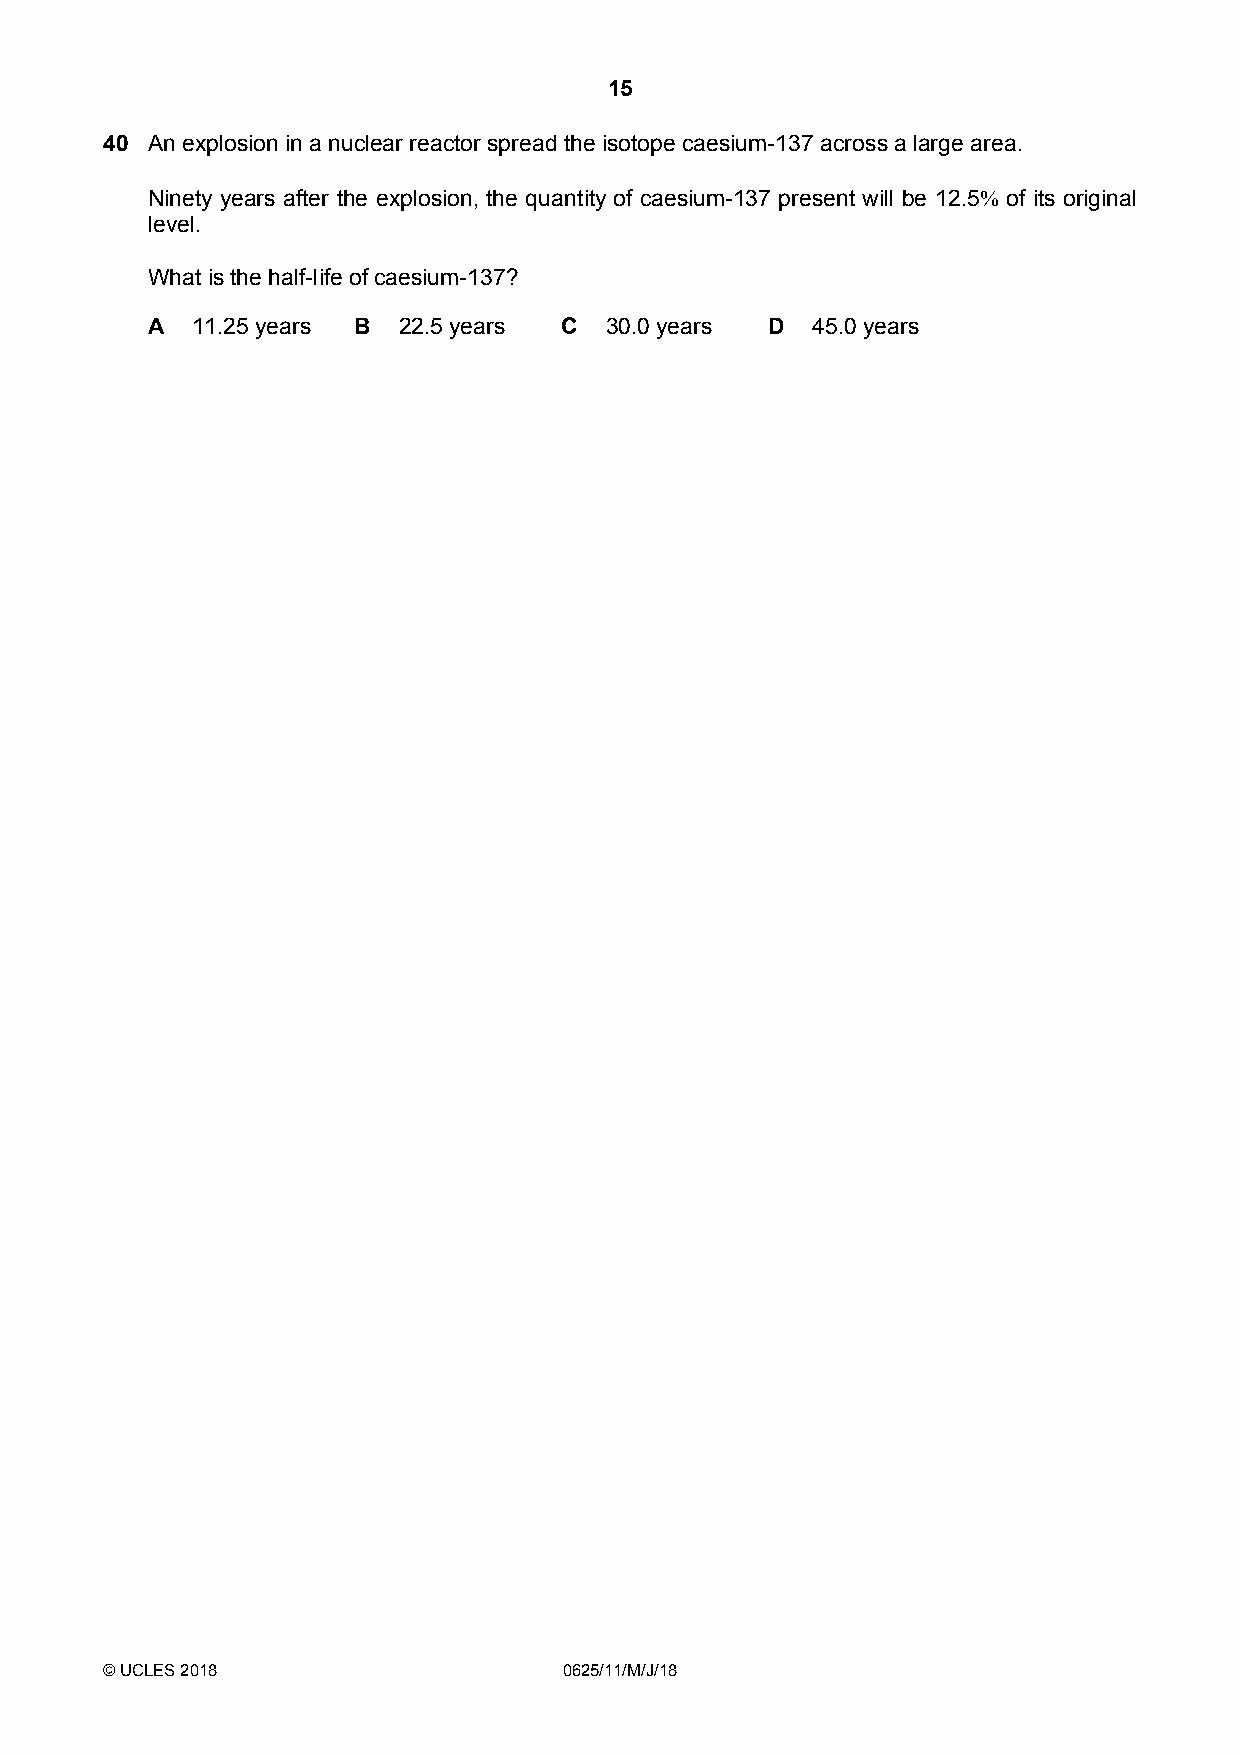
15
 40 An explosion in a nuclear reactor spread the isotope caesium-137 across a large area.
 Ninety years after the explosion, the quantity of caesium-137 present will be 12.5% of its original
 level.
 What is the half-life of caesium-137?
 A  11.25 years B 22.5 years C 30.0 years D  45.0 years
 © UCLES 2018                  0625/11/M/J/18